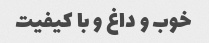
خوب و داغ و با کیفیت